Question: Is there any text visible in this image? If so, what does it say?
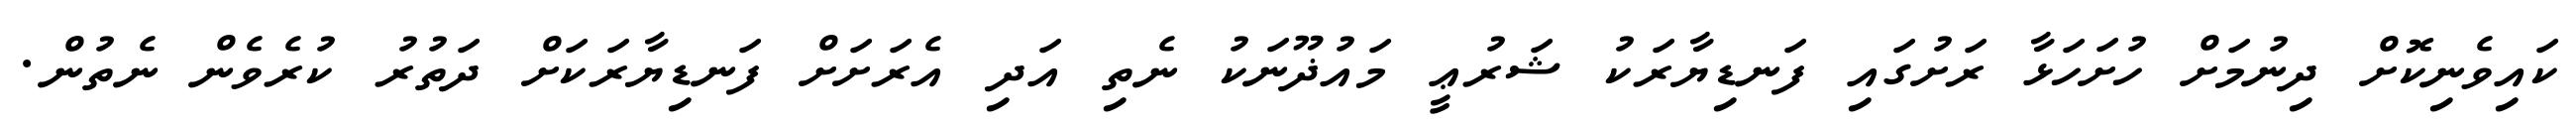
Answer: ކައިވެނިކޮށް ދިނުމަށް ހުށަހަޅާ ރަށުގައި ފަނޑިޔާރަކު ޝަރުޢީ މައުޛޫނަކު ނެތި އަދި އެރަށަށް ފަނޑިޔާރަކަށް ދަތުރު ކުރެވެން ނެތުން.